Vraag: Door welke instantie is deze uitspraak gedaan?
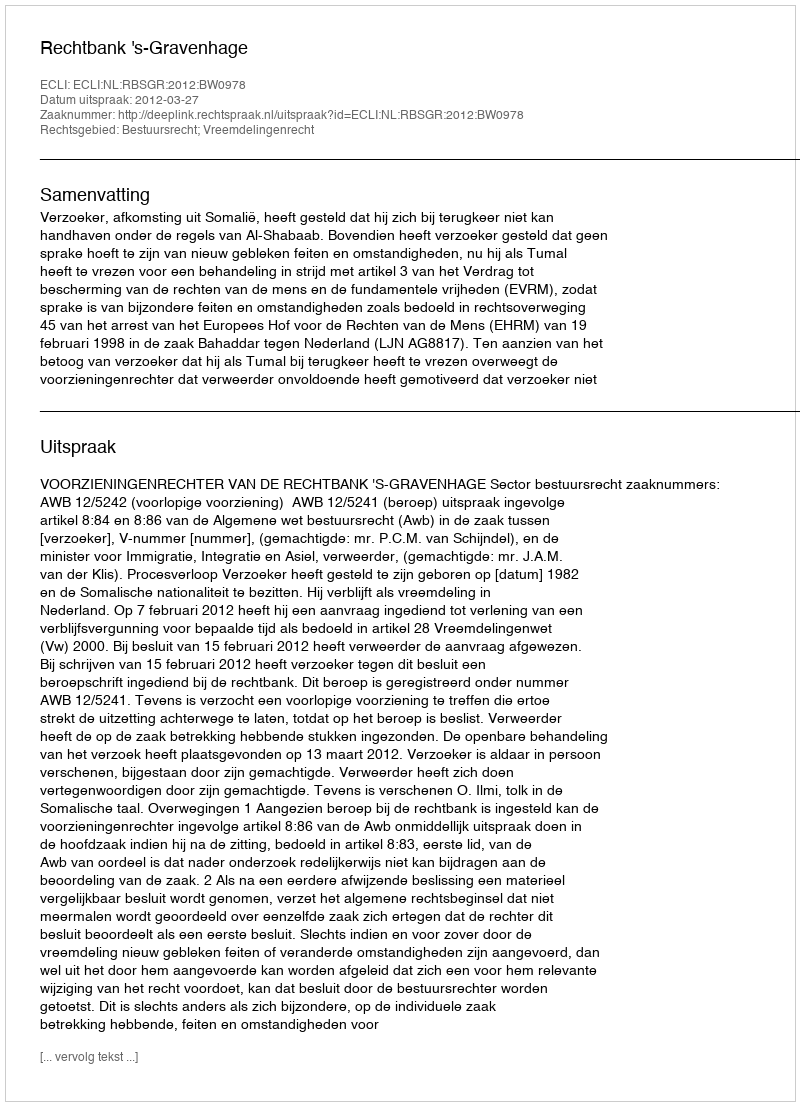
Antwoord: Rechtbank 's-Gravenhage